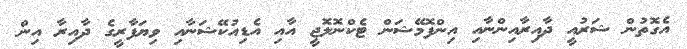
އެގޮތުން ޝަރުއީ ދާއިރާއިންނާއި އިންފޮމޭޝަން ޓެކްނޮލޮޖީ އާއި އެޑިއުކޭޝަނާއި ވިޔަފާރީގެ ދާއިރާ އިން